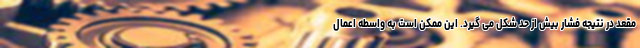
مقعد در نتیجه فشار بیش از حد شکل می گیرد. این ممکن است به واسطه اعمال